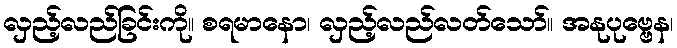
လှည့်လည်ခြင်းကို။ စရမာနော၊ လှည့်လည်လတ်သော်။ အနုပုဗ္ဗေန၊